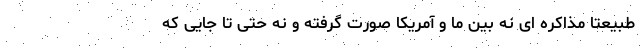
طبیعتا مذاکره ای نه بین ما و آمریکا صورت گرفته و نه حتی تا جایی که